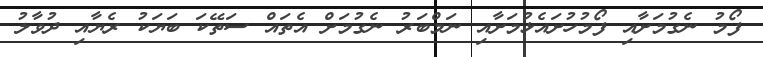
ފޯމު ނެގުމަށާއި ފޯމުހުށައެޅުމަށާއި ނަމްބަރު ނެގުމަށް އެތައް ސަތޭކަ ބަޔަކު ރެޔާއި ދުވާލު